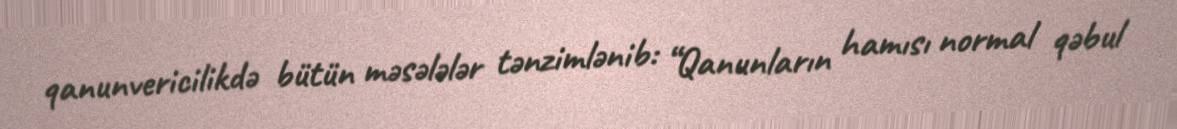
qanunvericilikdə bütün məsələlər tənzimlənib: “Qanunların hamısı normal qəbul